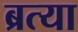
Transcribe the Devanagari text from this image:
ब्रत्या